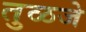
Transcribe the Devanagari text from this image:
तुळजे